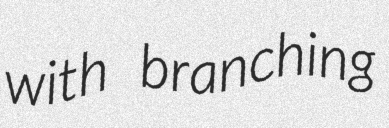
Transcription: with branching